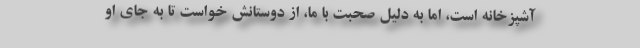
آشپزخانه است، اما به دلیل صحبت با ما، از دوستانش خواست تا به جای او